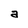
Character: a